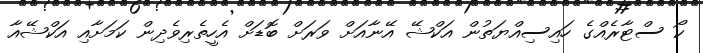
ކޯ ސްޓާރެއްގެ ހައިސިއްޔަތުން އަކްޝޭ އޭނާއަށް ވަރަށް ބޮޑަށް އެހީތެރިވެދިން ކަމަށާއި އަކްޝޭއާ